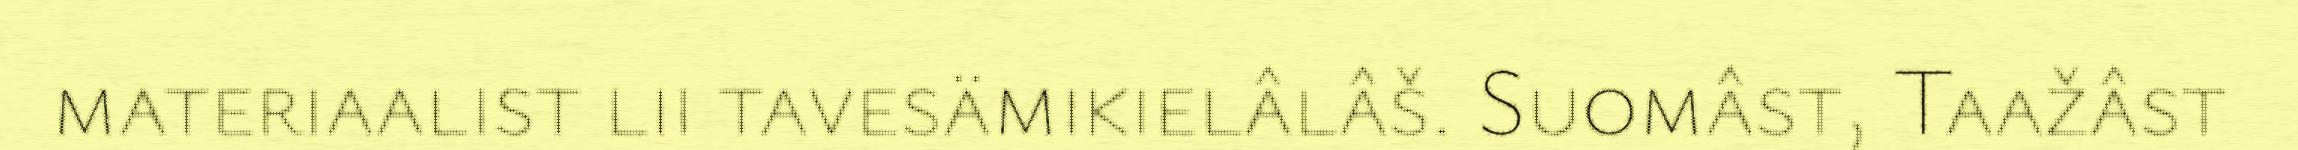
materiaalist lii tavesämikielâlâš. Suomâst, Taažâst